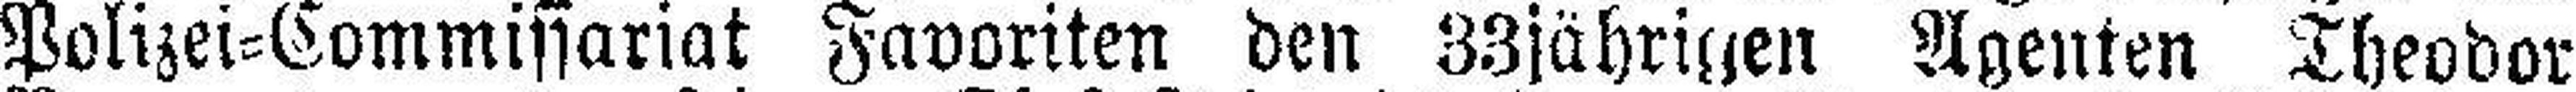
Polizei=Commissariat Favoriten den 33jährigen Agenten Theodor